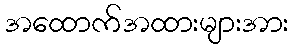
အထောက်အထားများအား